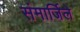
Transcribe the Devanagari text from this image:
संमार्जिले